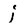
Character: i